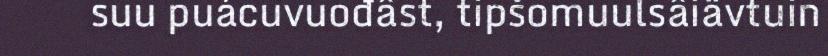
suu puácuvuođâst, tipšomuulsâiävtuin